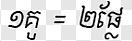
១គូ = ២ផ្លែ